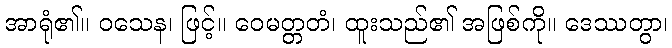
အာရုံ၏။ ဝသေန၊ ဖြင့်။ ဝေမတ္တတံ၊ ထူးသည်၏ အဖြစ်ကို။ ဒေဿတွာ၊